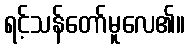
ရင့်သန်တော်မူလေ၏။